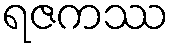
ရဇကဿ